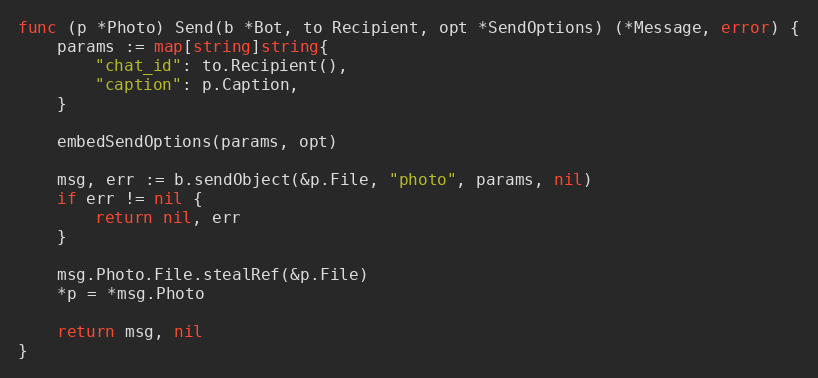
Language: Go
func (p *Photo) Send(b *Bot, to Recipient, opt *SendOptions) (*Message, error) {
	params := map[string]string{
		"chat_id": to.Recipient(),
		"caption": p.Caption,
	}

	embedSendOptions(params, opt)

	msg, err := b.sendObject(&p.File, "photo", params, nil)
	if err != nil {
		return nil, err
	}

	msg.Photo.File.stealRef(&p.File)
	*p = *msg.Photo

	return msg, nil
}